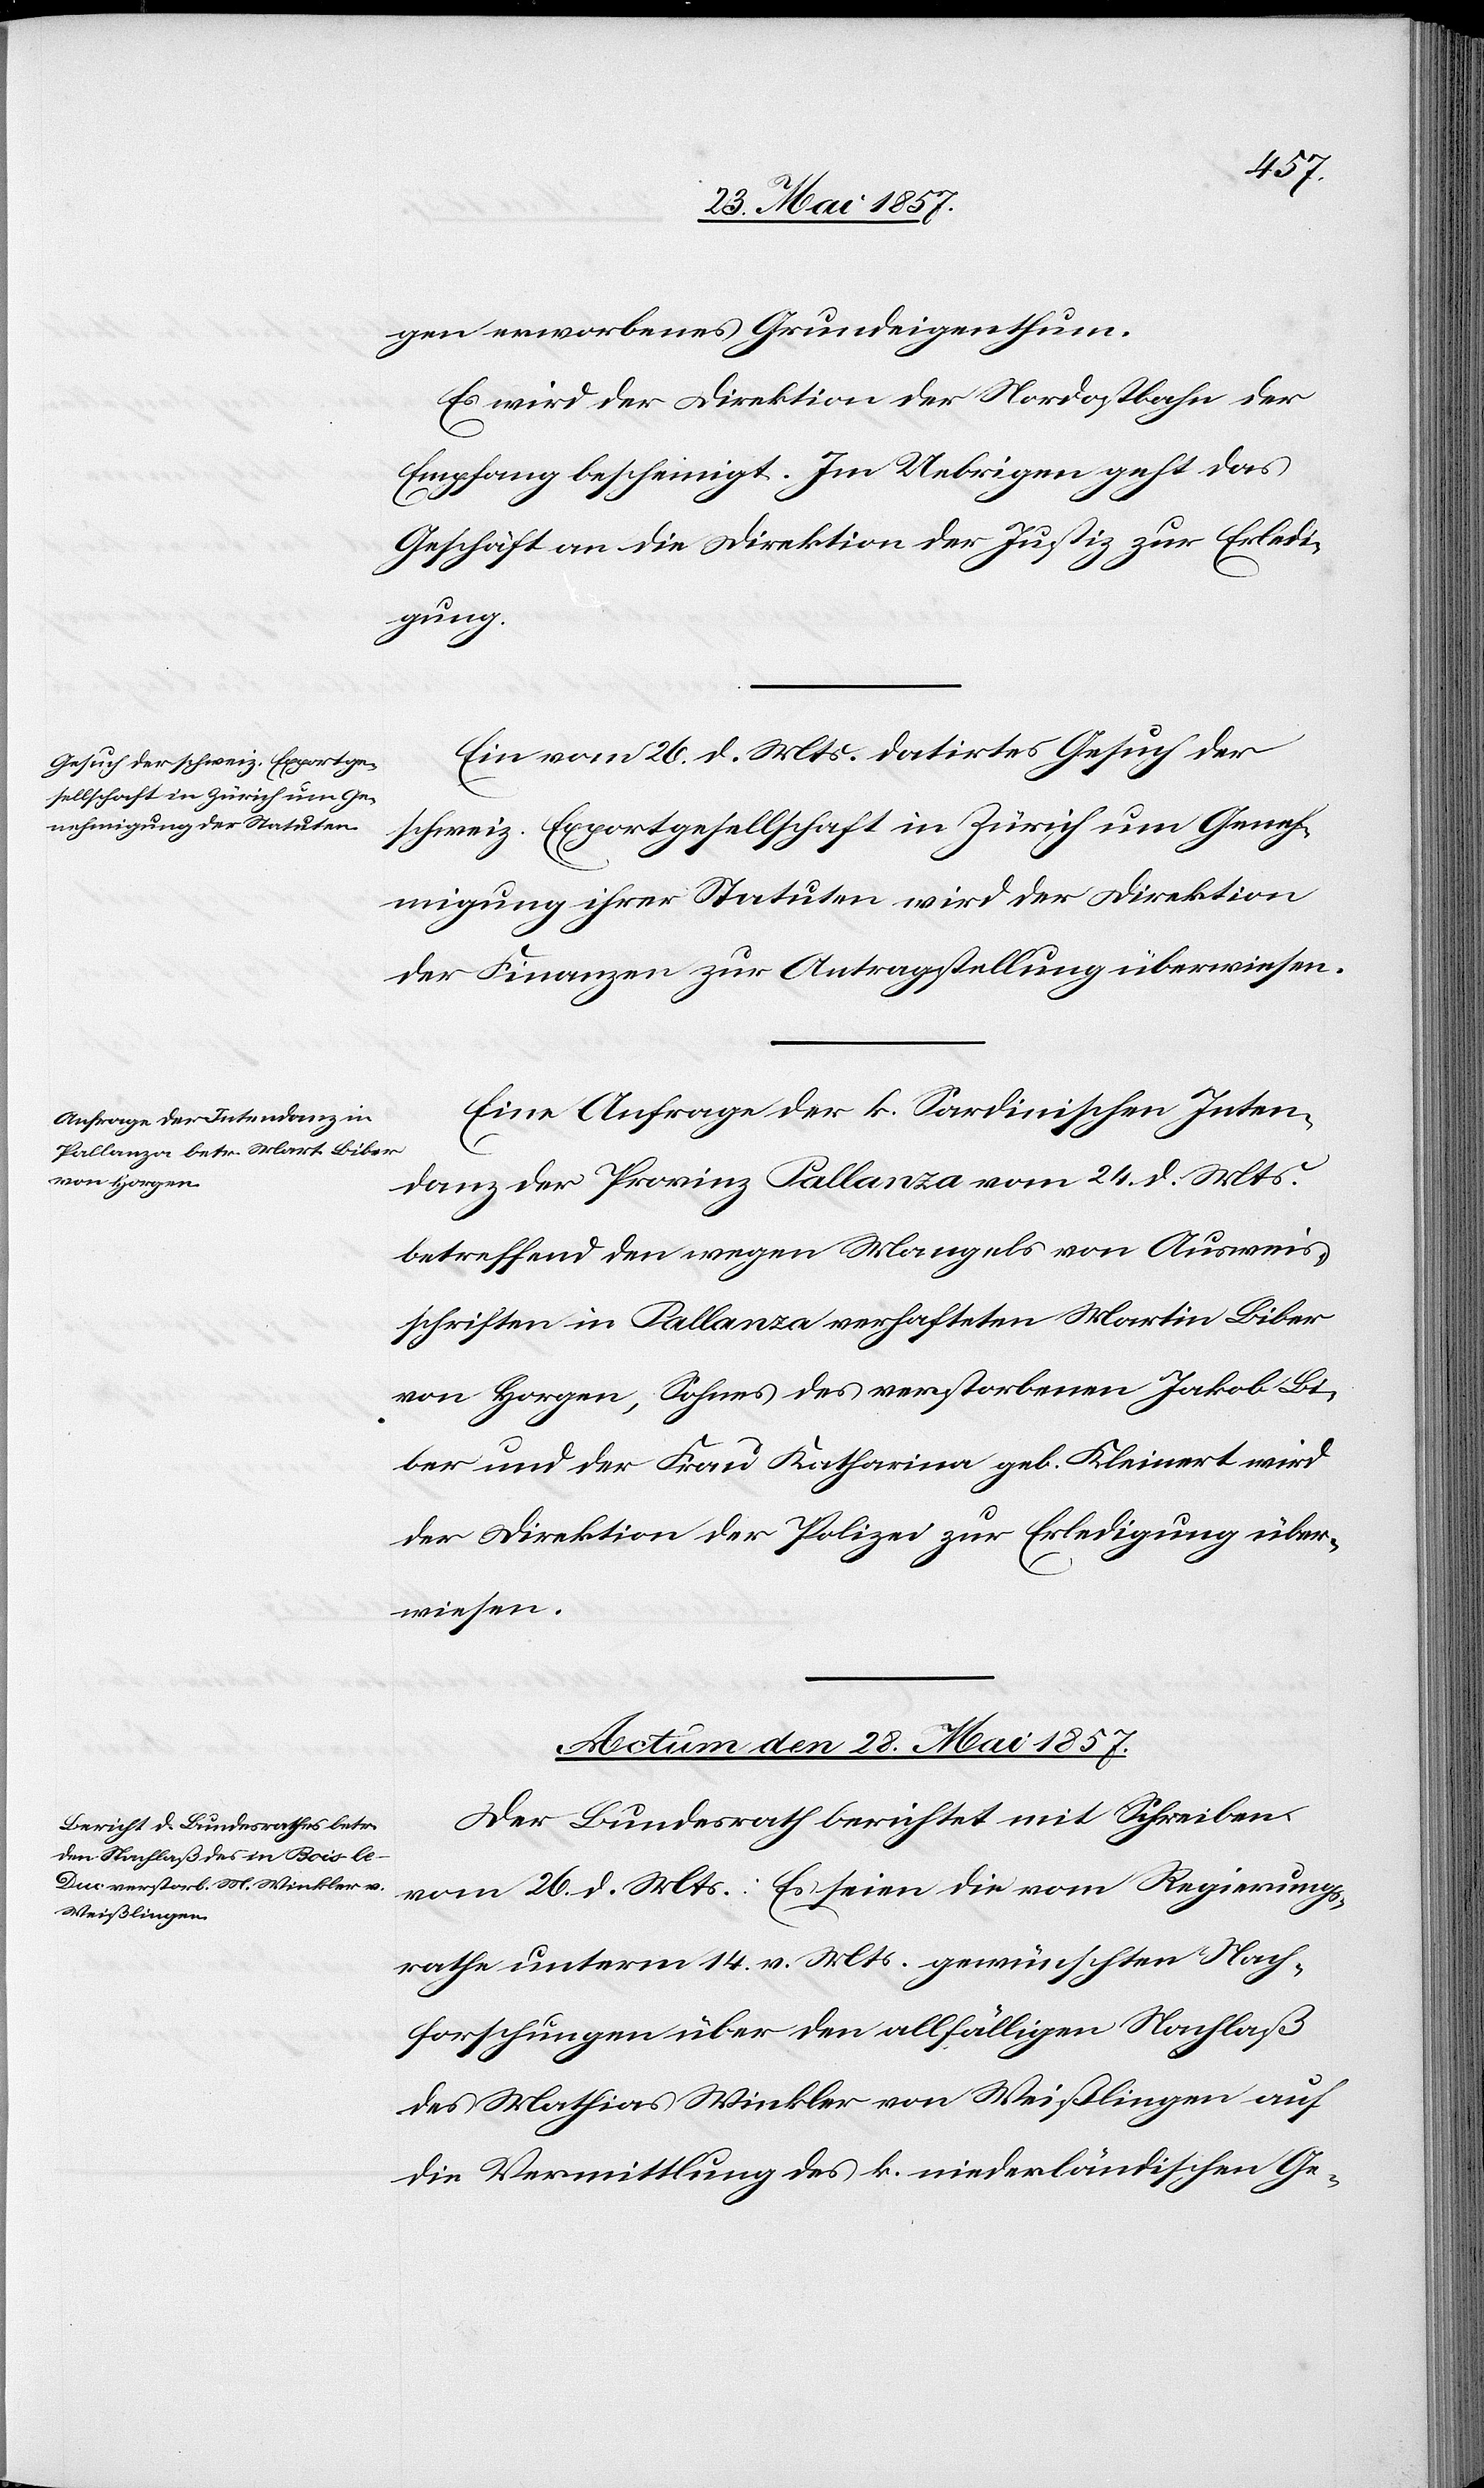
gen erworbenes Grundeigenthum.
Es wird der Direktion der Nordostbahn der
Empfang bescheinigt. Im Uebrigen geht das
Geschäft an die Direktion der Justiz zur Erledi¬
gung.
Ein vom 26 d. Mts. datirtes Gesuch der
schweiz. Exportgesellschaft in Zürich um Geneh¬
migung ihrer Statuten wird der Direktion
der Finanzen zur Auftragstellung überwiesen.
Eine Anfrage der k. Sardinischen Inten¬
danz der Provinz Pallanza vom 24 d. Mts.
betreffend den wegen Mangels von Ausweis¬
schriften in Pallanza verhafteten Martin Biber
von Horgen, Sohnes des verstorbenen Jakob Bi¬
ber und der Frau Katharina geb. Kleinert wird
der Direktion der Polizei zur Erledigung über¬
wiesen.
Actum den 28 Mai 1857.
Der Bundesrath berichtet mit Schreiben
vom 26 d. Mts.: Es seien die vom Regierungs¬
rathe unterm 14 v. Mts. gewünschten Nach¬
forschungen über den allfälligen Nachlaß
des Mathias Winkler von Weißlingen auf
die Vermittlung des k. niederländischen Ge-